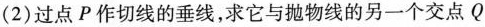
(2)过点P作切线的垂线，求它与抛物线的另一个交点Q